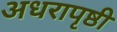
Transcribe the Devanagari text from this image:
अधरापृष्ठी